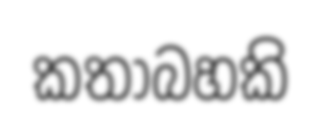
කතාබහකි